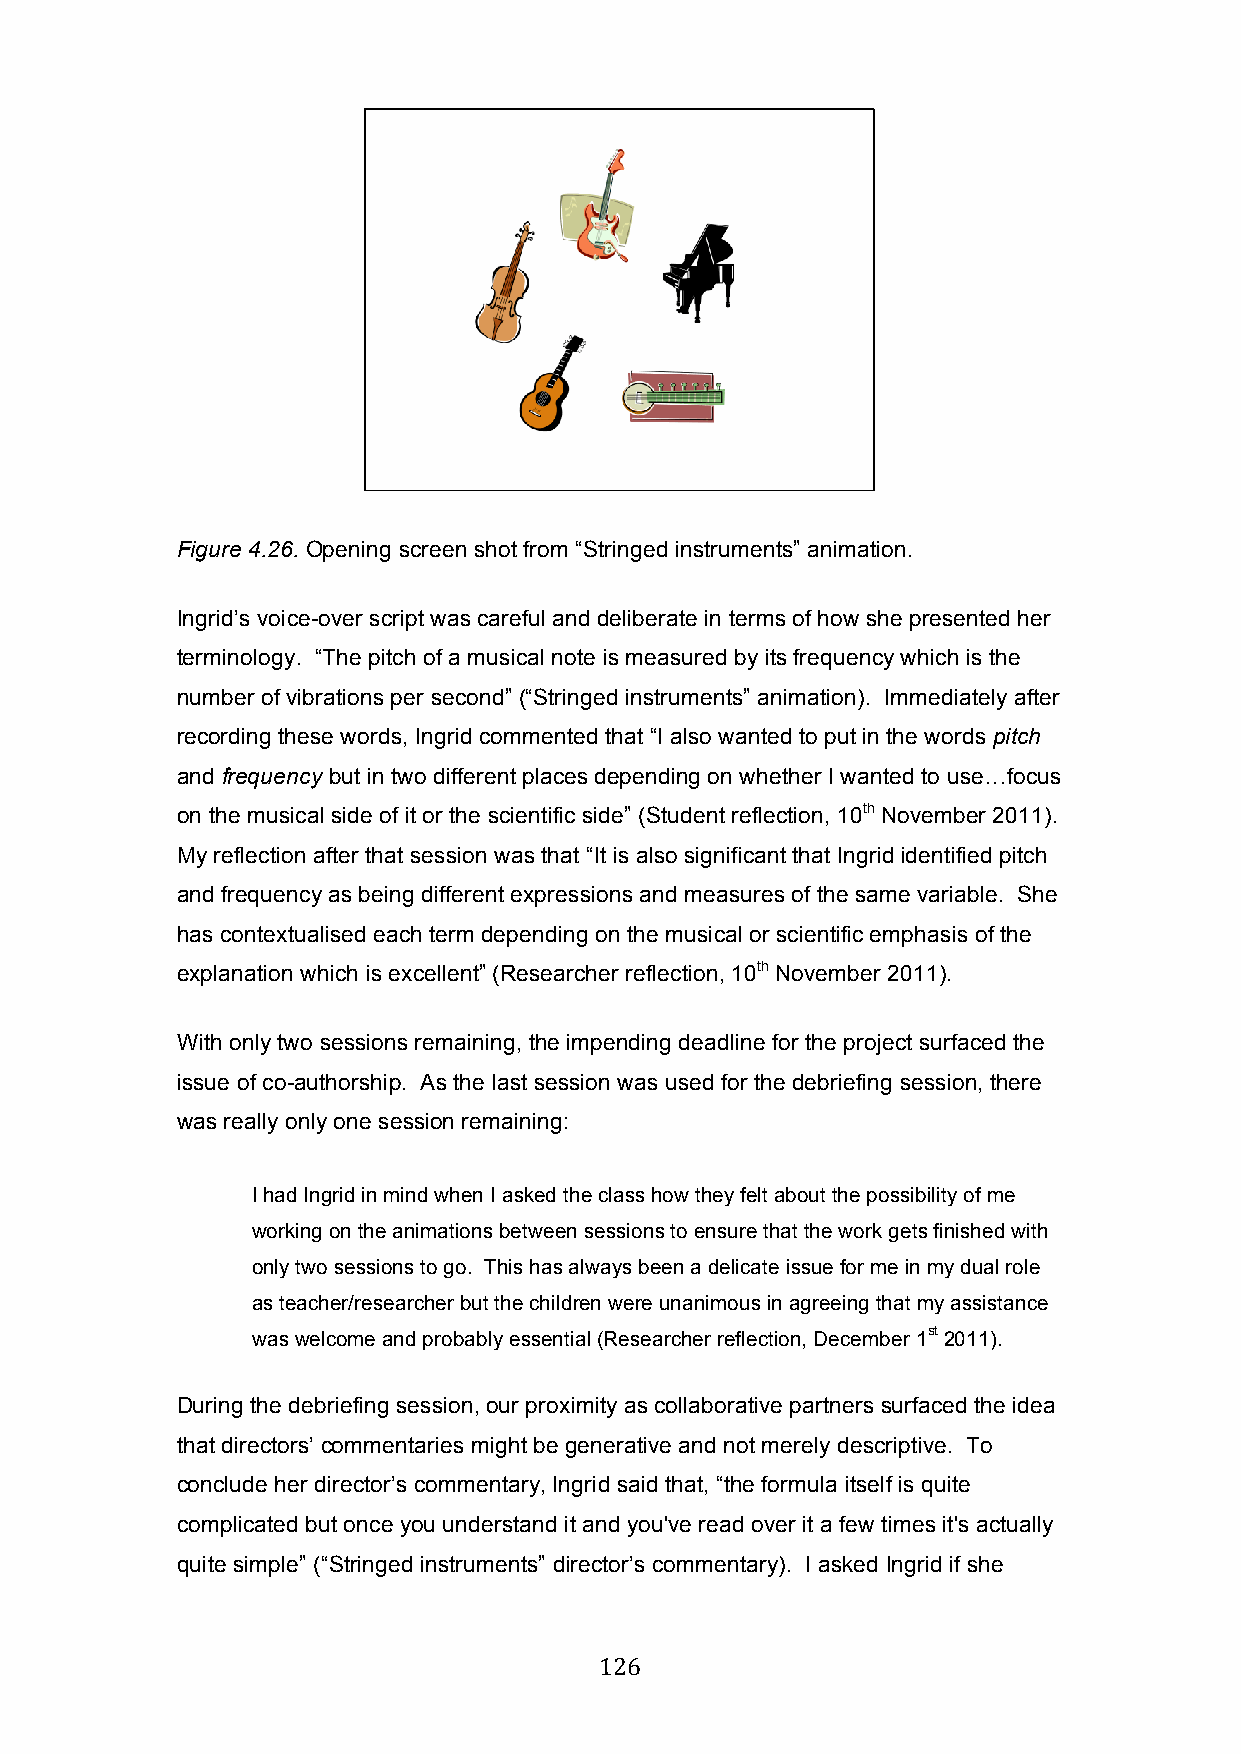
Figure 4.26. Opening screen shot from “Stringed instruments” animation.
 Ingrid’s voice-over script was careful and deliberate in terms of how she presented her
 terminology. “The pitch of a musical note is measured by its frequency which is the
 number of vibrations per second” (“Stringed instruments” animation). Immediately after
 recording these words, Ingrid commented that “I also wanted to put in the words pitch
 and frequency but in two different places depending on whether I wanted to use…focus
 on the musical side of it or the scientific side” (Student reflection, 10th November 2011).
 My reflection after that session was that “It is also significant that Ingrid identified pitch
 and frequency as being different expressions and measures of the same variable. She
 has contextualised each term depending on the musical or scientific emphasis of the
 explanation which is excellent” (Researcher reflection, 10th November 2011).
 With only two sessions remaining, the impending deadline for the project surfaced the
 issue of co-authorship. As the last session was used for the debriefing session, there
 was really only one session remaining:
 I had Ingrid in mind when I asked the class how they felt about the possibility of me
 working on the animations between sessions to ensure that the work gets finished with
 only two sessions to go. This has always been a delicate issue for me in my dual role
 as teacher/researcher but the children were unanimous in agreeing that my assistance
 was welcome and probably essential (Researcher reflection, December 1st 2011).
 During the debriefing session, our proximity as collaborative partners surfaced the idea
 that directors’ commentaries might be generative and not merely descriptive. To
 conclude her director’s commentary, Ingrid said that, “the formula itself is quite
 complicated but once you understand it and you've read over it a few times it's actually
 quite simple” (“Stringed instruments” director’s commentary). I asked Ingrid if she
 126